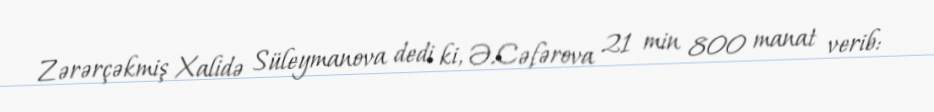
Zərərçəkmiş Xalidə Süleymanova dedi ki, Ə.Cəfərova 21 min 800 manat verib: